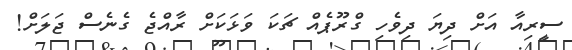
ސީރިއާ އަށް ދިޔަ ދިވެހި ގްރޫޕެއް ޗަކަ ވަޅަކަށް ރާއްޖެ ގެނެސް ޖަލަށް!